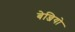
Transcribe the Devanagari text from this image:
बेन्जियो